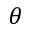
\theta